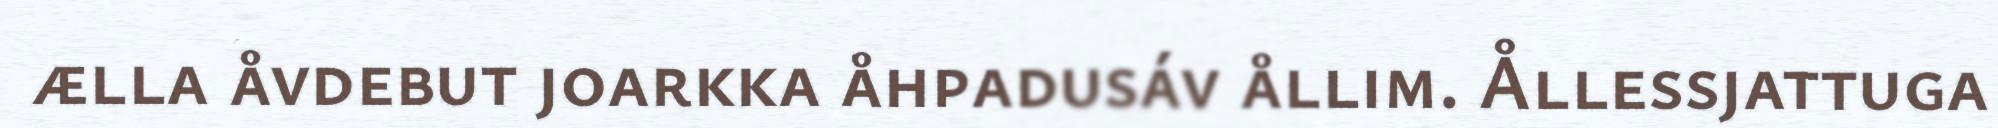
ælla åvdebut joarkka åhpadusáv ållim. Ållessjattuga